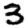
Digit: 3